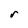
Character: r